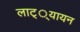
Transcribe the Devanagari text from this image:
लाट््यायन